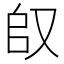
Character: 𱑴